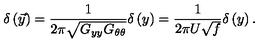
\delta \left( \vec { y } \right) = \frac { 1 } { 2 \pi \sqrt { G _ { y y } G _ { \theta \theta } } } \delta \left( y \right) = \frac { 1 } { 2 \pi U \sqrt { f } } \delta \left( y \right) .